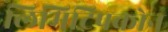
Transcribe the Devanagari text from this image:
लिमिटिपकोन